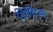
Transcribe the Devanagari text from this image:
शिरोबिंदुंच्या